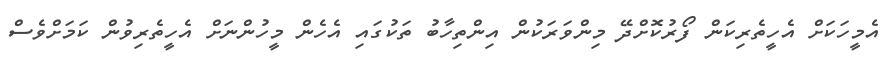
އެމީހަކަށް އެހީތެރިކަން ފޯރުކޮށްދޭ މިންވަރަކުން އިންތިހާބު ތަކުގައި އެހެން މީހުންނަށް އެހީތެރިވުން ކަމަށްވެސް